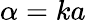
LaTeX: \alpha=ka